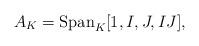
LaTeX: \begin{align*}A_K = \mathrm{Span}_K[1, I, J, IJ],\end{align*}